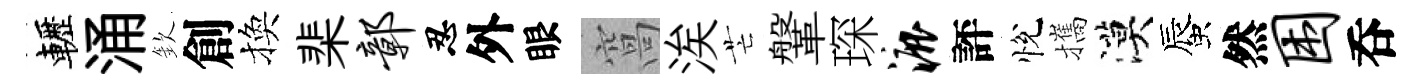
轣涌欽創換棐鄣忍外眼窩涘芒鞶琛漉評悅攜漠蜃然困呑